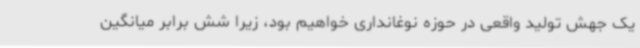
یک جهش تولید واقعی در حوزه نوغانداری خواهیم بود، زیرا شش برابر میانگین